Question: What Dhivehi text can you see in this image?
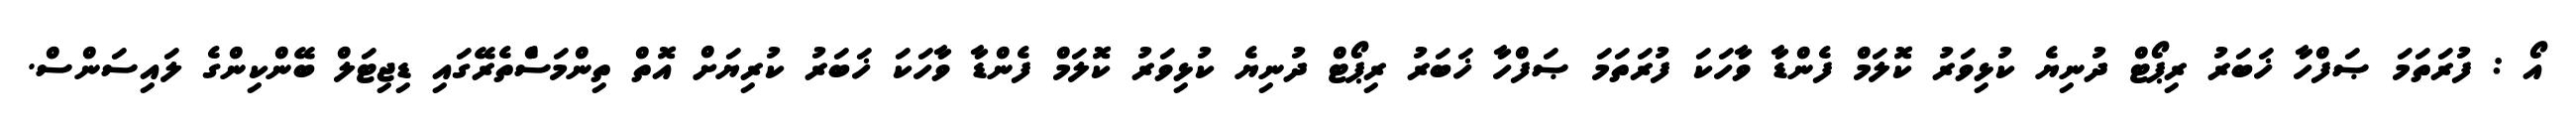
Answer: އޯ : ފުރަތަމަ ޞަފްހާ ޚަބަރު ރިޕޯޓް ދުނިޔެ ކުޅިވަރު ކޮލަމް ފެންޑާ ވާހަކަ ފުރަތަމަ ޞަފްހާ ޚަބަރު ރިޕޯޓް ދުނިޔެ ކުޅިވަރު ކޮލަމް ފެންޑާ ވާހަކަ ޚަބަރު ކުރިޔަށް އޮތް ތިންމަސްެތެރޭގައި ޑިޖިޓަލް ބޭންކިންގެ ލައިސަންސް.